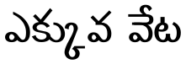
ఎక్కువ వేట